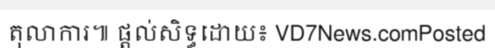
តុលាការ៕ ផ្តល់សិទ្ធដោយ៖ VD7News.comPosted